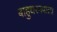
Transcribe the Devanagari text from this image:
बाहुधरनवाला